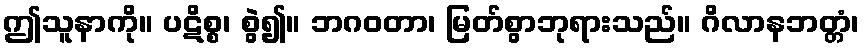
ဤသူနာကို။ ပဋိစ္စ၊ စွဲ၍။ ဘဂဝတာ၊ မြတ်စွာဘုရားသည်။ ဂိလာနဘတ္တံ၊